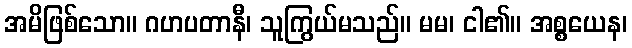
အမိဖြစ်သော။ ဂဟပတာနီ၊ သူကြွယ်မသည်။ မမ၊ ငါ၏။ အစ္စယေန၊